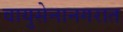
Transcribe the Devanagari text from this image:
वायुसेनानगरात